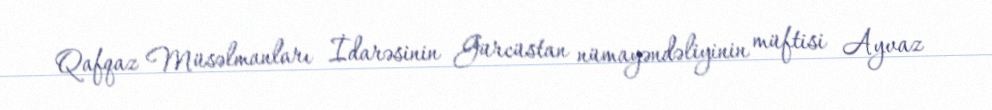
Qafqaz Müsəlmanları İdarəsinin Gürcüstan nümayəndəliyinin müftisi Ayvaz